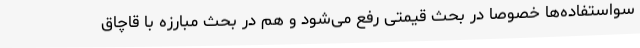
سواستفاده‌ها خصوصا در بحث قیمتی رفع می‌شود و هم در بحث مبارزه با قاچاق